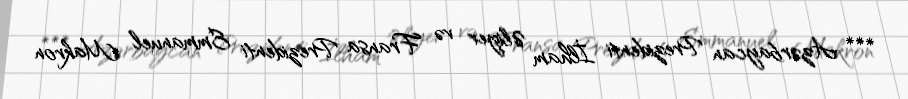
*** Azərbaycan Prezidenti İlham Əliyev və Fransa Prezidenti Emmanuel Makron